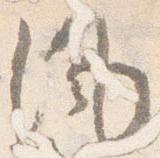
風